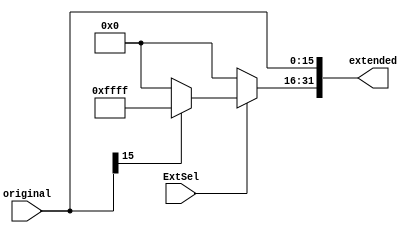
`timescale 1ns / 1ps
//////////////////////////////////////////////////////////////////////////////////
// Company: 
// Engineer: 
// 
// Design Name: 
// Module Name: ImmediateExtend
// Project Name: 
// Target Devices: 
// Tool Versions: 
// Description: 
// 
// Dependencies: 
// 
// Revision:
// Revision 0.01 - File Created
// Additional Comments:
// 
//////////////////////////////////////////////////////////////////////////////////


module ImmediateExtend(
    input [15:0] original,
    input ExtSel,    // 0: Zero-extend; 1: Sign-extend.
    output reg [31:0] extended
    );
    
    always @(*) begin
        extended[15:0] <= original;    // ??16???????
        if(ExtSel == 0) begin    // Zero-extend ?????
            extended[31:16] <= 0;
        end
        else begin    // Sign-extended ???????
            if(original[15] == 0) extended[31:16] <= 0;
            else extended[31:16] <= 16'hFFFF;
        end
    end
    
endmodule